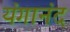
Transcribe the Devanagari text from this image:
यंगानंद